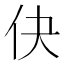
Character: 𬽭